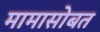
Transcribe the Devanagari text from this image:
मामासोबत